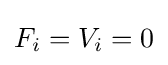
F_{i}=V_{i}=0